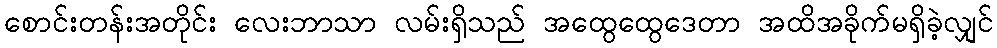
စောင်းတန်းအတိုင်း လေးဘာသာ လမ်းရှိသည် အထွေထွေဒေတာ အထိအခိုက်မရှိခဲ့လျှင်